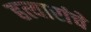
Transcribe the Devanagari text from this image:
हत्यारांचे